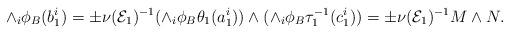
LaTeX: \begin{align*}\wedge_{i}\phi_B(b_1^i) = \pm \nu(\mathcal{E}_1)^{-1} (\wedge_{i}\phi_B\theta_1(a_1^i))\wedge (\wedge_{i} \phi_B\tau_1^{-1}(c_1^i)) = \pm \nu(\mathcal{E}_1)^{-1} M \wedge N .\end{align*}